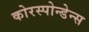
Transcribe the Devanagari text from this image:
कोरस्पोन्डेन्स